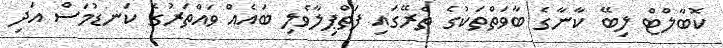
ކޮބާލްޓް ލިބޭ ކާނާގެ ބާވަތްތަކުގެ ތެރޭގައި ފަތްޕިލާވެލި ބައެއް ވައްތަރުގެ ކަނޑުމަސް އަދި